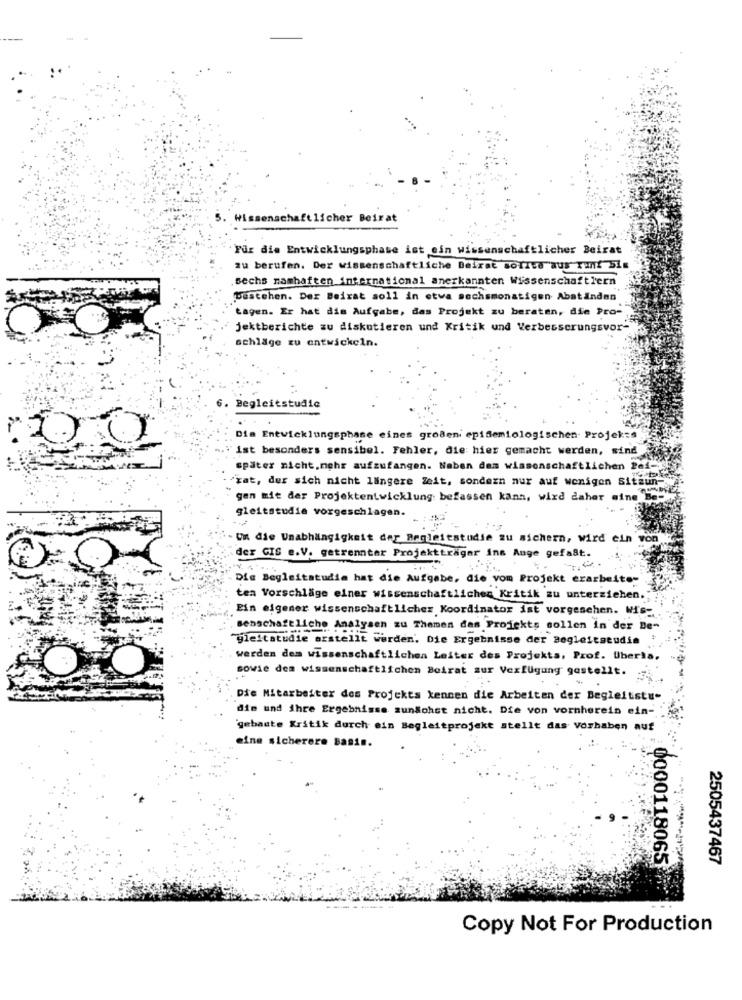
Wissenschaftlicher Beirat
Für die Entwicklungsphase ist ein wissenschaftlicher Beirat
zu berufen. Der wissenschaftliche Beirat sofres aus Tant bis
sechs namhaften international anerkannten Wissenschaftlern
bestehen. Der Beirat soll in etwa sechsmonatigen Abständen
tagen. Er hat dis Aufgabe, das Projekt zu beraten, die Pro-
jektberichte zu diskutieren und Kritik und Verbesserungsvor-
schläge zu entwickeln.
Begleitstudic
Dim Entwicklungsphase eines großeni epidemiologischen- Projekss
ist besonders sensibel. Fehler, die hier gemacht werden, sind
später nicht.mehr aufzufangen. Neben dem wissenschaftlichen Pdf-)
"zat, der sich nicht längere Zeit, sondern nur auf wenigen Sitzun-
gen mit der Projektentwicklung befassen kann, wird daher sine Be
gleitstudie vorgeschlagen.
Un die Unabhängigkeit dar Begleitstudie zu sichern, wird ein von
der GIS e.V. getrennter Projektträger ins Auge gefaßt.
Die Begleitstudia hat die Aufgabe, die vom Projekt erarbeite-
tea Vorschläge einer wissenschaftlicher Kritik zu unterziehen."
Ein eigener wissenschaftlicher Koordinator ist vorgesehen. Wis-
senschaftliche Analysen zu Themen des Projekts sollen in der Be-
gleitstudie erstellt werden. Die Ergebnisse der Begleitstudia
werden dem wissenschaftlichen Leiter des Projekts, Prof. Uberla.
sowie dem wissenschaftlichen Beirat sur Verfügung gestellt. :
-.
Die Mitarbeiter des Projekts kennen die Arbeiten der Begleitstu-
die und ihre Ergebnisse mundohst nicht. Die von vornherein ein-
gebaute Kritik durch ein Begleitprojekt stellt das vorhaben auf
eine sicherere Basis.
2505437467
0000118065
Copy Not For Production